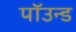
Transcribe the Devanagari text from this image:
पॉउन्ड